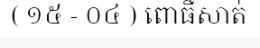
( ១៥ - ០៤ ) ពោធិ៍សាត់